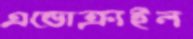
এন্ডোক্রাইন